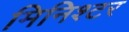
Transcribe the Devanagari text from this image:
मिनिश्टर